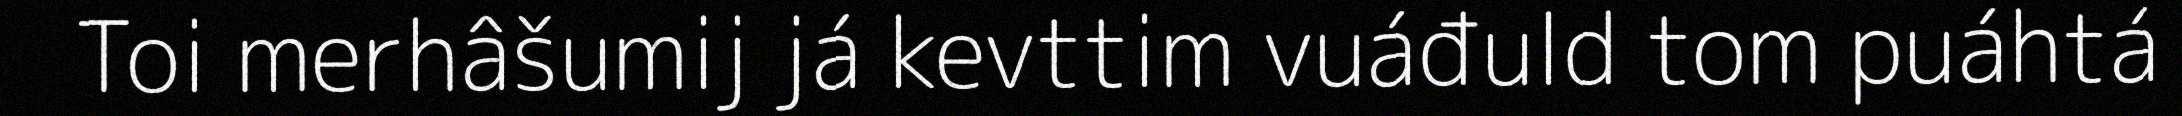
Toi merhâšumij já kevttim vuáđuld tom puáhtá